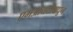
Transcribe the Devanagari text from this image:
एमआयटीमधून